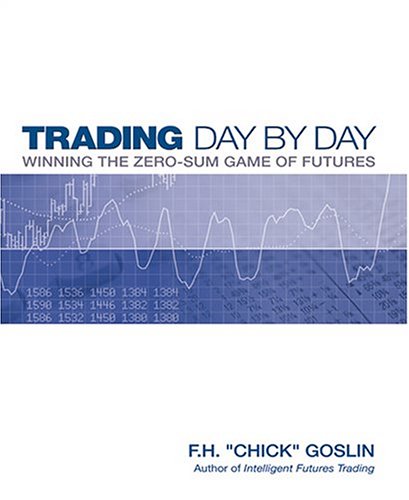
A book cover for Trading Day by Day: Winning the Zero Sum Game of Futures Trading; F. H. Chick Goslin; Business & Money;